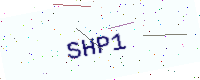
Text: SHP1